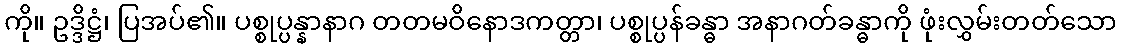
ကို။ ဥဒ္ဒိဋ္ဌံ၊ ပြအပ်၏။ ပစ္စုပ္ပန္နာနာဂ တတမဝိနောဒကတ္တာ၊ ပစ္စုပ္ပန်ခန္ဓာ အနာဂတ်ခန္ဓာကို ဖုံးလွှမ်းတတ်သော